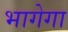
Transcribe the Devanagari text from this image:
भागेगा